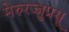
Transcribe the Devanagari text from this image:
मेरुरज्जुप्रसू